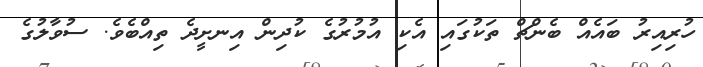
ހުރިއިރު ބައެއް ބެންޗް ތަކުގައި އެކި އުމުރުގެ ކުދިން އިނށީދެ ތިއްބެވެ. ސުވާލުގެ